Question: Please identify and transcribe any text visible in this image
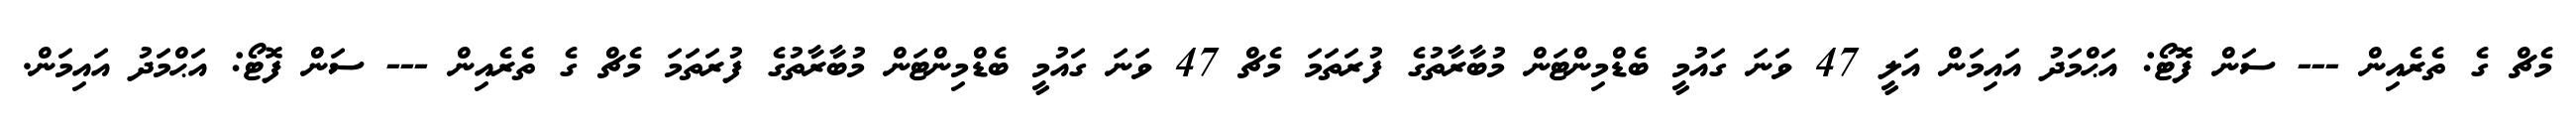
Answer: މެޗް ގެ ތެރެއިން --- ސަން ފޮޓޯ: އަޙްމަދު އައިމަން އަލީ 47 ވަނަ ގައުމީ ބެޑްމިންޓަން މުބާރާތުގެ ފުރަތަމަ މެޗް 47 ވަނަ ގައުމީ ބެޑްމިންޓަން މުބާރާތުގެ ފުރަތަމަ މެޗް ގެ ތެރެއިން --- ސަން ފޮޓޯ: އަޙްމަދު އައިމަން.